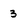
Character: 3